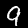
Label: 9